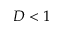
D < 1